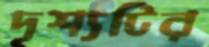
দৃশ্যটির